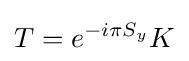
T=e^{-i\pi S_{y}}K